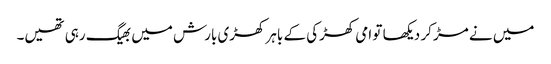
میں‌ نے مڑ کر دیکھا تو امی کھڑکی کے باہر کھڑی بارش میں‌ بھیگ رہی تھیں۔